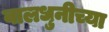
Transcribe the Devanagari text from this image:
वालधुनीच्या